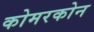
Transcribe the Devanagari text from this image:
कोमरकोन